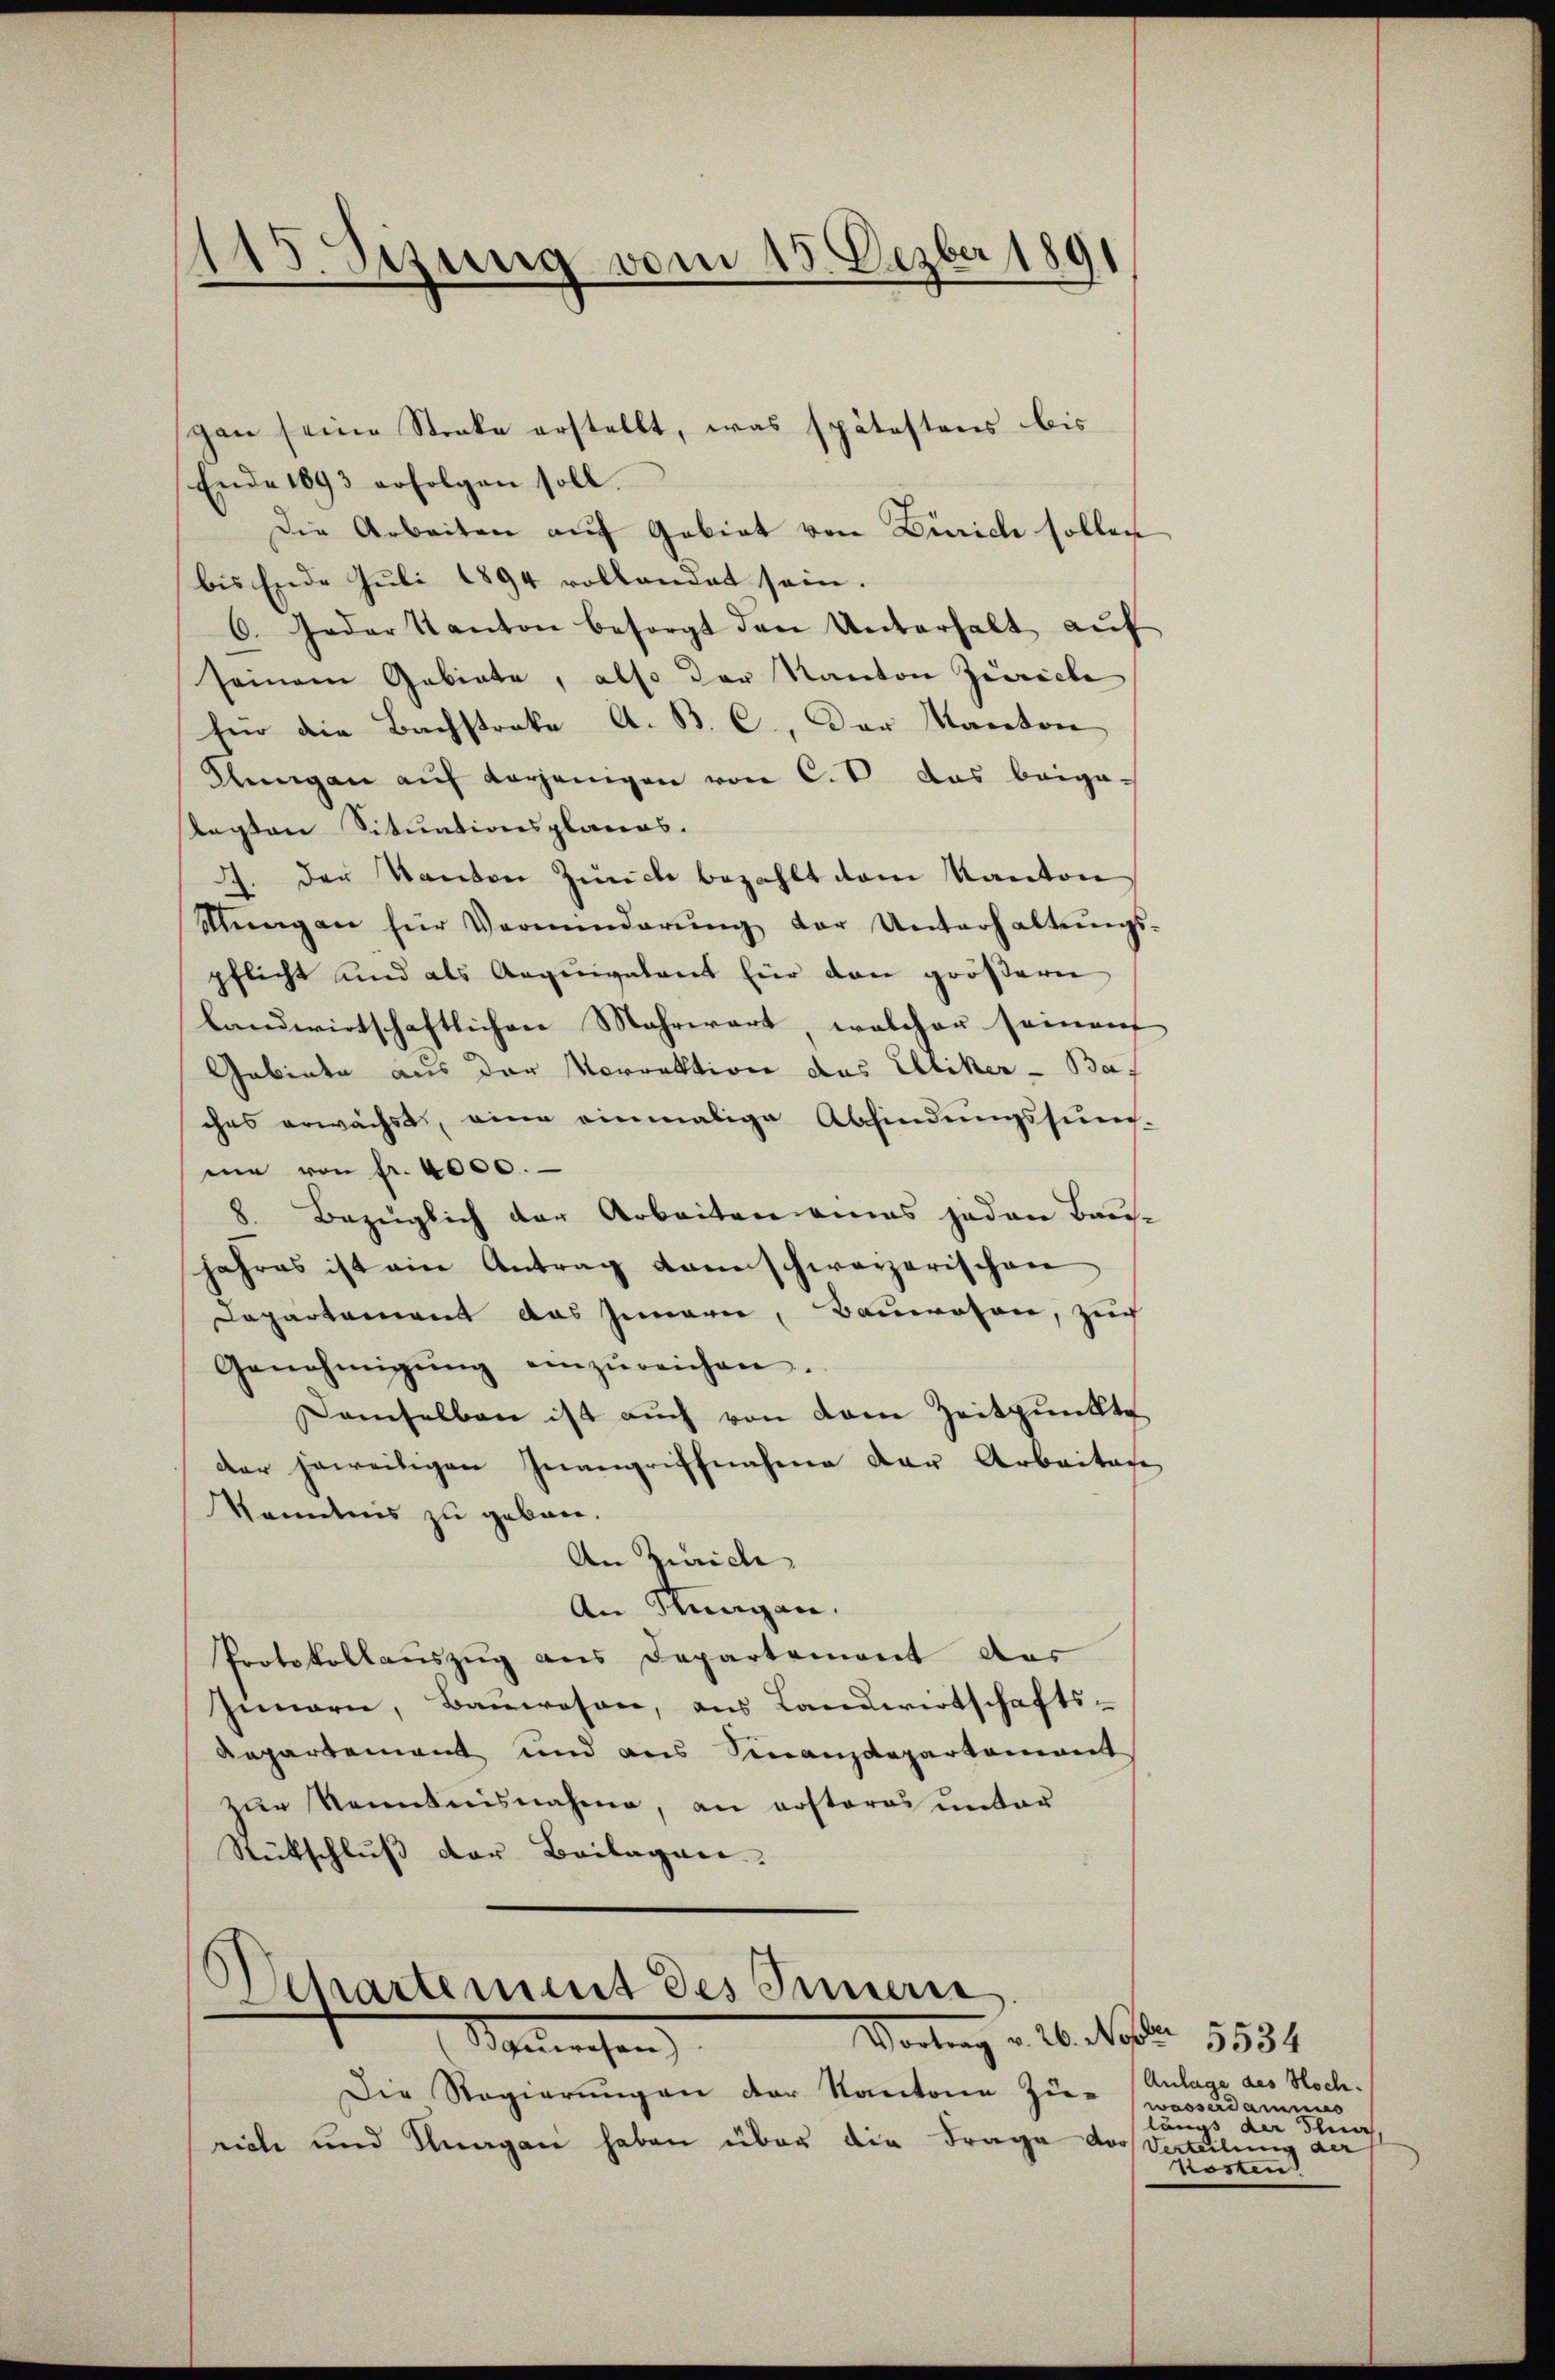
115. Sezung vom 15. Dezber 1891

Ende 1893 erfolgen soll.
Die Arbeiten auf Gebiet von Zürich sollen
bis Ende Juli 1894 rollandat sein.
6. Jeder Kanton besorgt den Unterhalt aŭf
seinem Gebiete, also der Kanton Zürich
Für die Bachstrake A. B. C. Der Kanton
Aŭngen aŭf derjenigen von C.V. das beiga-
legten Situationsplanes.
2. Der Kanton Zürich bezahlt dem Kanton
Nŭngen für Verminderŭng der Unterhaltŭngs-
pflicht und als Aequivalent für den größern
landwirtschaftlichen Mahrwart, welcher seinen
Gebiete aus der Morrektion das Elliker - Bas
ches erwächst, eine einmalige Abfindungssum-
me von Fr. 4000.
8. Bezüglich der Arbeiten eines jeden Bausjahres ist ein Antrag kannschwarzerischen
Departement das Innern, Bauwesen, zuch
Genehmigŭng einzŭreichen.
Demselben ist auch von dem Zeitpunkte
der jeweitigen Inangriffnahme der Arbaitage
Kenntnis zu geben.
An Zürich
An Stungen.
Protokollauszug aus Departemont das
Zimern, Baŭwesen, aus Landwirtschafts-
Aepartement und aus Finanzdepartement
zur Kenntnisnahme, an erstores unter
Rütschluß der Beilagen.

gan seine Stocke erstellt, was spätestens bis

Departement des Innern
Vortrag v. 26. No. 5534
Sogleichen

Die Regierungen der Kantone zier wasserdamnus
rich und Klagan haben über die Frage der Verteilung der

Anlage des Hoch.
längs der Thier,
Kosten